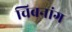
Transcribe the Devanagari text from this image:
चिबनांग